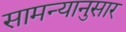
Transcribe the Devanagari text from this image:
सामन्यानुसार